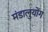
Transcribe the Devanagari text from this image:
मंडालुयोंग